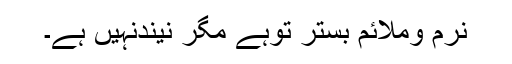
نرم وملائم بستر توہے مگر نیندنہیں ہے۔